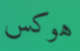
هوكس